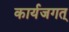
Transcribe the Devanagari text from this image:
कार्यजगत्